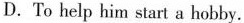
D.To help him start a hobby.